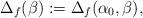
LaTeX: \begin{align*}\Delta_f(\beta):=\Delta_f(\alpha_0,\beta),\end{align*}